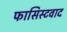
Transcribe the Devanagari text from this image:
फासिस्टवाद